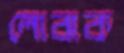
লোবাক